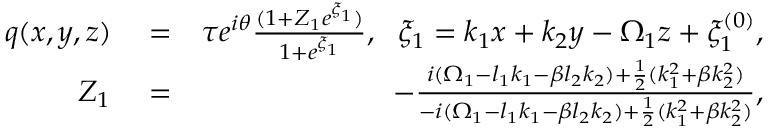
\begin{array} { r l r } { q ( x , y , z ) } & { { } = } & { \tau e ^ { i \theta } \frac { ( 1 + Z _ { 1 } e ^ { \xi _ { 1 } } ) } { 1 + e ^ { \xi _ { 1 } } } , ~ ~ \xi _ { 1 } = k _ { 1 } x + k _ { 2 } y - \Omega _ { 1 } z + \xi _ { 1 } ^ { ( 0 ) } , } \\ { Z _ { 1 } } & { { } = } & { - \frac { i ( \Omega _ { 1 } - l _ { 1 } k _ { 1 } - \beta l _ { 2 } k _ { 2 } ) + \frac { 1 } { 2 } ( k _ { 1 } ^ { 2 } + \beta k _ { 2 } ^ { 2 } ) } { - i ( \Omega _ { 1 } - l _ { 1 } k _ { 1 } - \beta l _ { 2 } k _ { 2 } ) + \frac { 1 } { 2 } ( k _ { 1 } ^ { 2 } + \beta k _ { 2 } ^ { 2 } ) } , } \end{array}